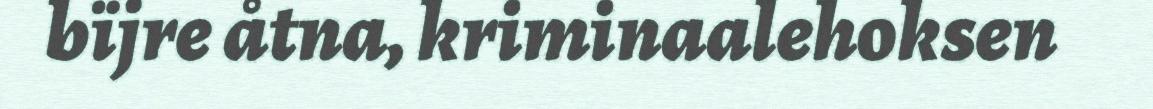
bïjre åtna, kriminaalehoksen